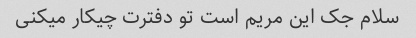
سلام جک این مریم است تو دفترت چیکار میکنی